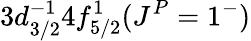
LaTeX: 3d_{3/2}^{-1}4f_{5/2}^{1}(J^{P}=1^{-})